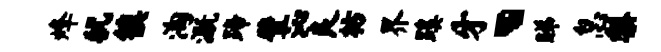
烽犹镇淘溉蹄壁沁良枋界蹊牙丶睇怠梨